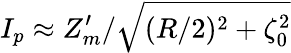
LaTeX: I_{p}\approx Z_{m}^{\prime}/\sqrt{(R/2)^{2}+\zeta_{0}^{2}}